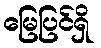
မြေပြင်ရှိ